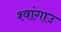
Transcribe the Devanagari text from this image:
श्वांगाउ